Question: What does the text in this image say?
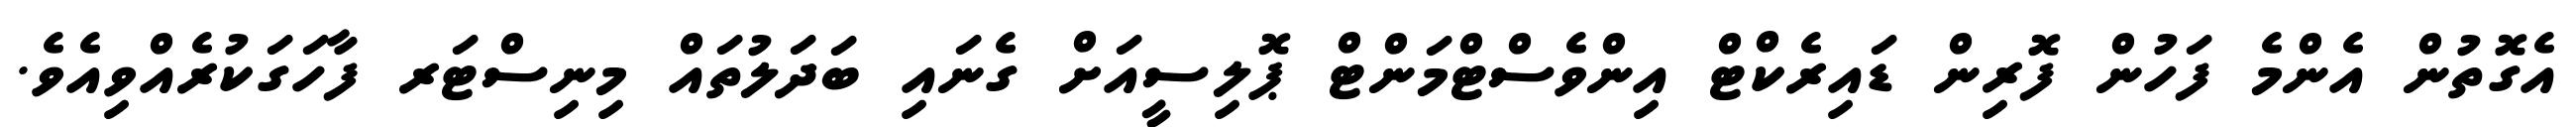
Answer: އެގޮތުން އެންމެ ފަހުން ފޮރިން ޑައިރެކްޓް އިންވެސްޓްމަންޓް ޕޮލިސީއަށް ގެނައި ބަދަލުތައް މިނިސްޓަރ ފާހަގަކުރެއްވިއެވެ.